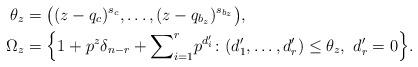
LaTeX: \begin{align*}\theta_z&=\big((z-q_c)^{s_c},\ldots,(z-q_{b_z})^{s_{b_z}}\big), \\\Omega_z&=\Big\{1+p^z\delta_{n-r}+{\sum}_{i=1}^rp^{d'_i}\colon (d'_1,\ldots,d'_r)\le\theta_z,\ d'_r=0\Big\}.\end{align*}